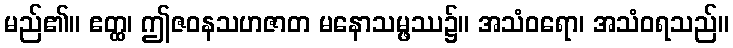
မည်၏။ ဧတ္ထ၊ ဤဇဝနသဟဇာတ မနောသမ္ဖဿ၌။ အသံဝရော၊ အသံဝရသည်။